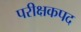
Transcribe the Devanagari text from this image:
परीक्षकपद